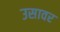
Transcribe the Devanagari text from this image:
उसावर